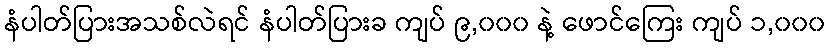
နံပါတ်ပြားအသစ်လဲရင် နံပါတ်ပြားခ ကျပ် ၉,၀၀၀ နဲ့ ဖောင်ကြေး ကျပ် ၁,၀၀၀